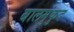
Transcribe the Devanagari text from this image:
बालमुंकुद